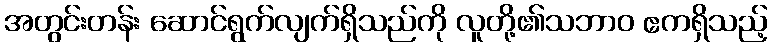
အတွင်းတန်း ဆောင်ရွက်လျက်ရှိသည်ကို လူတို့၏သဘာဝ ဧကရှိသည့်